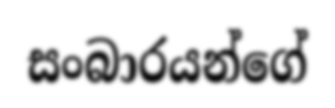
සංබාරයන්ගේ